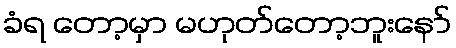
ခံရ တော့မှာ မဟုတ်တော့ဘူးနော်